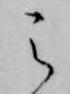
之